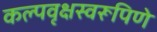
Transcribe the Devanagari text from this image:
कल्पवृक्षस्वरूपिणे